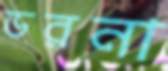
ডরনা